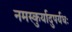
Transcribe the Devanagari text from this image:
नमस्कुर्यादुपर्यधः